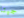
جيتا